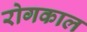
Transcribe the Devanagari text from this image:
रोगकाल